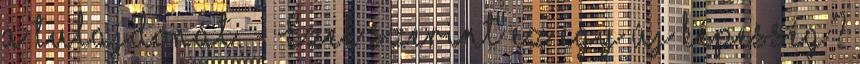
a tulajdonát. - Ezek szerint ez egy új képesség?